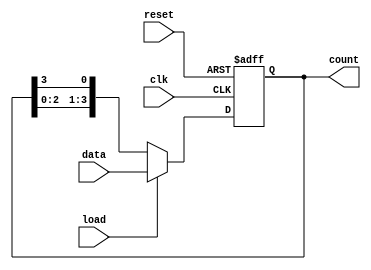
module LoadableRingCounter (
    input wire clk,           // Clock input
    input wire reset,         // Asynchronous reset input
    input wire load,          // Load input
    input wire [N-1:0] data,  // Data input for loading the counter
    output reg [N-1:0] count   // Current state of the counter
);
    parameter N = 4; // Number of bits in the counter (adjustable)

    always @(posedge clk or posedge reset) begin
        if (reset) begin
            count <= {N{1'b0}}; // Initialize counter to 0 on reset
        end else if (load) begin
            count <= data; // Load the data input into the counter
        end else begin
            // Shift the counter in a ring manner
            count <= {count[N-2:0], count[N-1]}; // Shift left and wrap around
        end
    end
endmodule